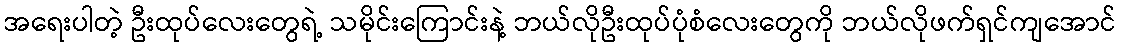
အရေးပါတဲ့ ဦးထုပ်လေးတွေရဲ့ သမိုင်းကြောင်းနဲ့ ဘယ်လိုဦးထုပ်ပုံစံလေးတွေကို ဘယ်လိုဖက်ရှင်ကျအောင်